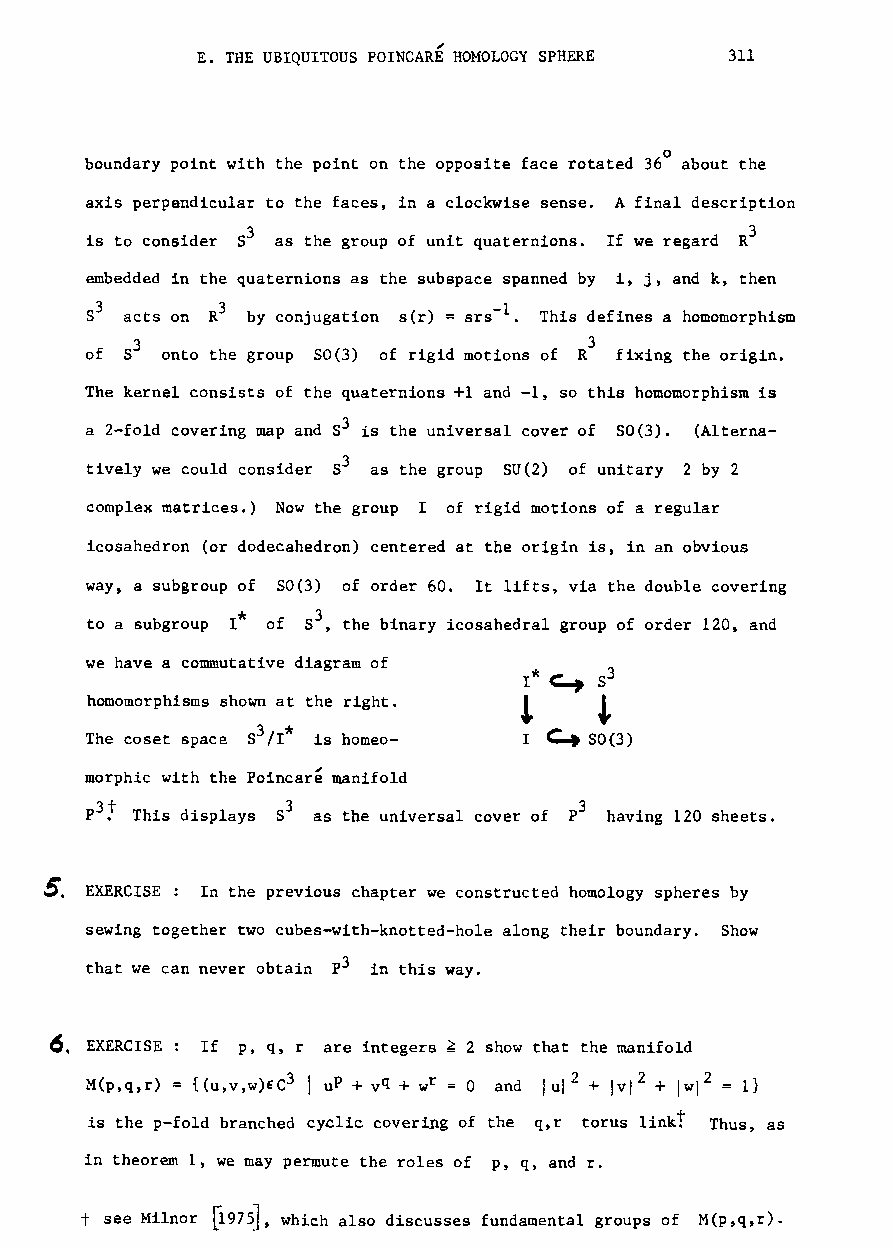
E. THE UBIQUITOUS POINCARE HOMOLOGY SPHERE 311
 0
 boundary point with the point on the opposite face rotated 36 about the
 axis perpendicular to the faces, in a clockwise sense. A final description
 3
 is to consider 53 as the group of unit quaternions. If we regard R
 embedded in the quaternions as the subspace spanned by i, j, and k, then
 acts on by conjugation s(r) = srs-I . This defines a homomorphism
 3
 of S3 onto the group SO(3) of rigid motions of R fixing the origin.
 The kernel consists of the quaternions +1 and -1, so this homomorphism is
 a 2-fold covering map and 83 is the universal cover of SO(3). (Alterna
 tively we could consider 53 as the group SU(2) of unitary 2 by 2
 complex matrices.) Now the group I of rigid motions of a regular
 icosahedron (or dodecahedron) centered at the origin is, in an obvious
 way, a subgroup of 50(3) of order 60. It lifts, via the double covering
 to a subgroup r* of 53, the binary icosahedral group of order 120, and
 we have a commutative diagram of
 e..., 3
 1*   8
 homomorphisms shown at the right. 1 t
 c:::..
 3
 The coset space 8 /1* is homeo- I SO(3)
 morphic with the Poincare manifold
 p3~
 This displays 53 as the universal cover of p3 having 120 sheets.
 ~,
 EXERCISE: In the previous chapter we constructed homology spheres by
 sewing together two cubes-with-knotted-hole along their boundary. Show
 that we can never obtain p3 in this way.
 6.
 EXERCISE If p, q, r are integers ~ 2 show that the manifold
 M(p,q,r) {(U,V,W)EC3
 is the p-fold branched cyclic covering of the q,r torus linkt Thus, as
 in theorem 1, we may permute the roles of p, q, and r.
 ~l,
 t see Milnor [197 which also discusses fundamental groups of M(p,q,r).